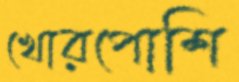
খোরপোশি